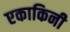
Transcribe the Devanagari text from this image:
एकाकिनी